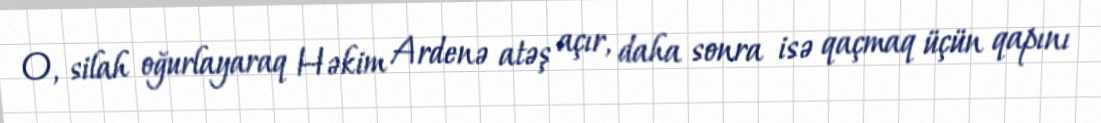
O, silah oğurlayaraq Həkim Ardenə atəş açır, daha sonra isə qaçmaq üçün qapını